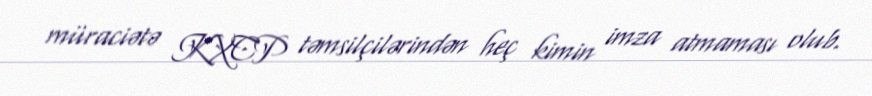
müraciətə KXCP təmsilçilərindən heç kimin imza atmaması olub.